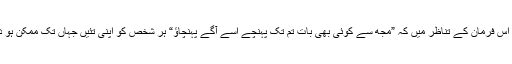
رسول اللہ صلی اللہ علیہ وسلم کے اس فرمان کے تناظر میں کہ ”مجھ سے کوئی بھی بات تم تک پہنچے اسے آگے پہنچاﺅ“ ہر شخص کو اپنی تئیں جہاں تک ممکن ہو دین کی اشاعت کا کام کرنا چاہیے۔